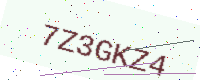
Text: 7Z3GKZ4